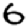
Digit: 6